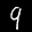
Label: 9